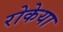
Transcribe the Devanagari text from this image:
रोकेया